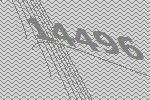
14496